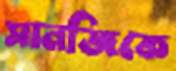
সানজিকে